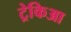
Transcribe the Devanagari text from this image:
ट्रेकिआ